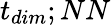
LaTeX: t_{dim};NN